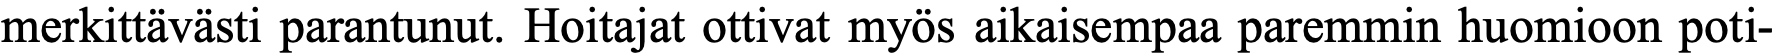
merkittävästi parantunut. Hoitajat ottivat myös aikaisempaa paremmin huomioon poti-